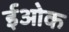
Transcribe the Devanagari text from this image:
ईओक